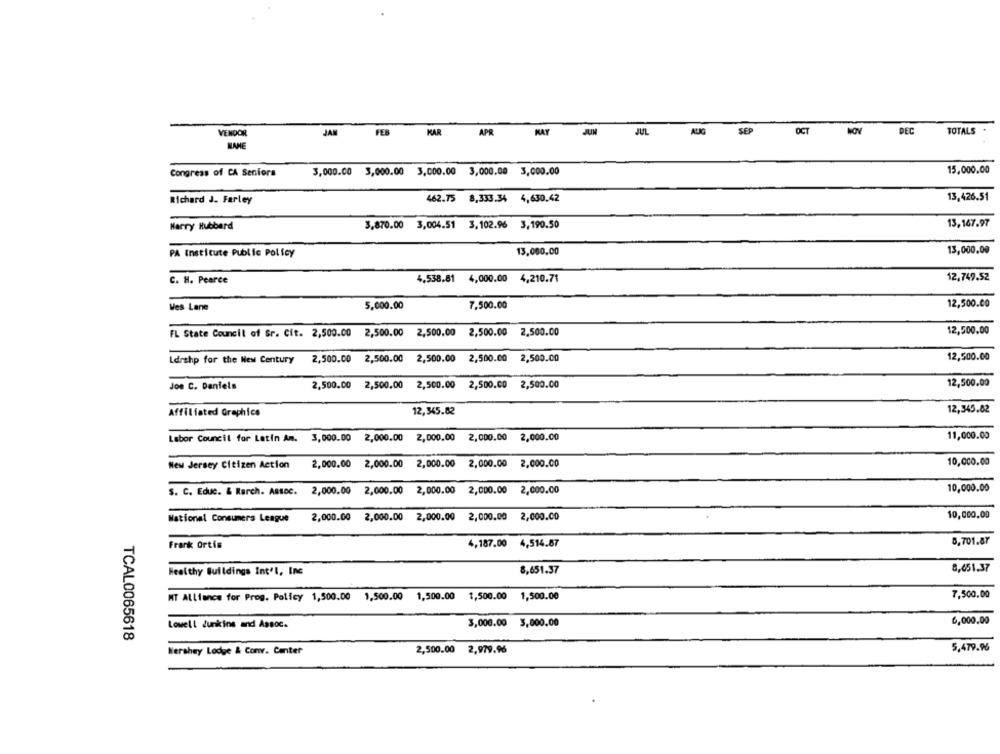
NOV
VENDOR
JAN
FEB
MAR
APR
JUN
JUL
SEP
OCT
DEC
TOTALS
NAME
Congress of CA Seniors
3,000.00 3,000.00 3,000.00 3,000.00 3,000.00
15,000.00
Richard J. Farley
462.75 8,333.34 4,630.42
13,426.51
Harry Hubbard
3,870.00 3,004.51 3,102.96 3,190.50
13,167.97
PA Institute Public Policy
13,000.00
13,000.00
4,538.81 4,000.00 4,210.71
12,749.52
C. H. Pearce
Wes Lane
5,000.00
7,500.00
12,500.00
2,500.00
12,500.00
FL State Council of Sr. Cit. 2,500.00
2,500.00 2,500.00
2,500.00
Ldrshp for the New Century
2,500.00 2,500.00 2,500.00 2,500.00
2,500.00
12,500.00
Joe C. Daniels
2,500.00 2,500.00 2,500.00 2,500.00 2,500.00
12,500.00
Affiliated Graphics
12,345.82
12,345.82
Labor Council for Latin Am. 3,000.00 2,000.00 2,000.00 2,000.00 2,000.00
11,000.00
New Jersey Citizen Action
2,000.00 2,000.00 2,000.00 2,000.00 2,000.00
10,000.00
S. C. Educ. & Rarch. Assoc. 2,000.00 2,000.00 2,000.00 2,000.00 2,000.00
10,000.00
National Consumers League
2,000.00 2,000.00 2,000.00 2,000.00 2,000.00
10,000.00
Frank Ortis
4,187.00 4,514.87
8,701.87
Healthy Buildings Int'L, Inc
8,651.37
8,651.37
MT Alliance for Prog. Policy 1,500.00
1,500.00
1,500.00 1,500.00
1,500.00
7,500.00
Lowell Junkins and Assoc.
3,000.00 3,000.00
6,000.00
TCAL0065618
5,479.96
Hershey Lodge & Conv. Center
2,500.00 2,979.96